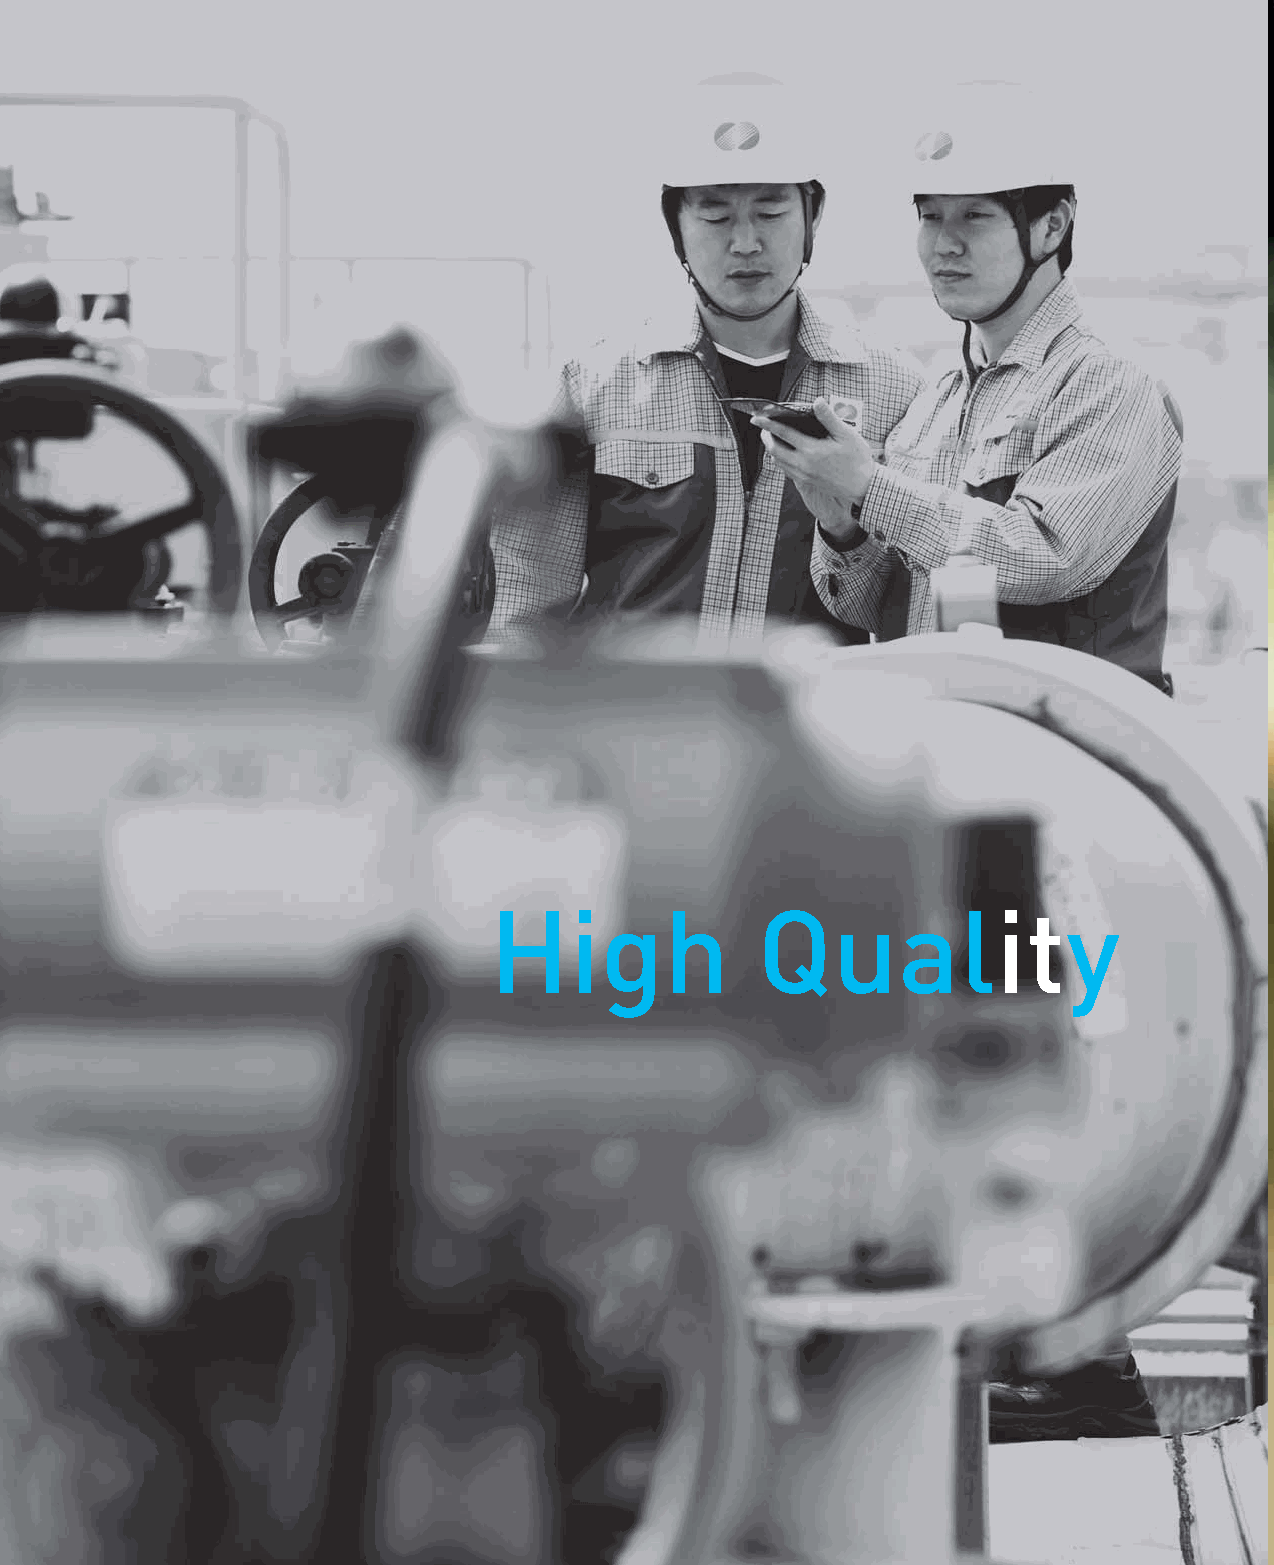
Global   No.   1 Smart    Generation     Technologies
 KOMIPO is confident in its goal to achieve 72% in capacity factor and a 45% thermal efficiency rate.
 Our confidence in the operation of Global No. 1 power plants and smart technology prowess always enables us
 to overcome technological limits.
 High              Quality